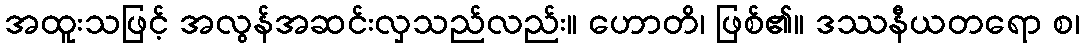
အထူးသဖြင့် အလွန်အဆင်းလှသည်လည်း။ ဟောတိ၊ ဖြစ်၏။ ဒဿနီယတရော စ၊